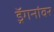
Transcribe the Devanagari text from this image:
ड्रॅगनांवर